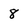
Character: 8